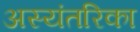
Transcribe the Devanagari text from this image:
अस्यंतरिका